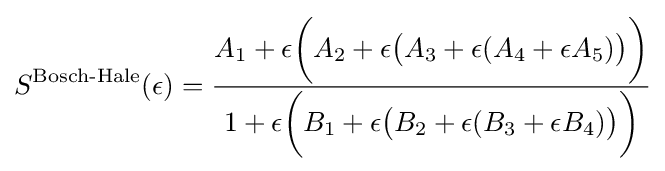
S^{\text{Bosch-Hale}}(\epsilon )={\frac {A_{1}+\epsilon {\bigg (}A_{2}+\epsilon {\big (}A_{3}+\epsilon (A_{4}+\epsilon A_{5}){\big )}{\bigg )}}{1+\epsilon {\bigg (}B_{1}+\epsilon {\big (}B_{2}+\epsilon (B_{3}+\epsilon B_{4}){\big )}{\bigg )}}}